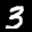
Label: 3